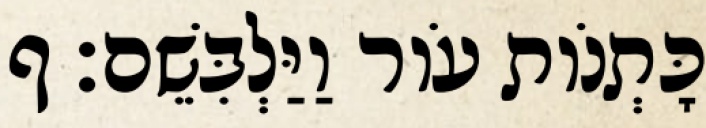
כָּתְנֹות עֹור וַיַּלְבִּשֵׁם׃ ף